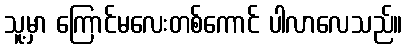
သူ့မှာ ကြောင်မလေးတစ်ကောင် ပါလာလေသည်။